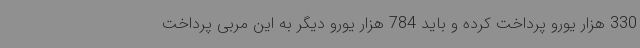
330 هزار یورو پرداخت کرده و باید 784 هزار یورو دیگر به این مربی پرداخت